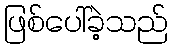
ဖြစ်ပေါ်ခဲ့သည်